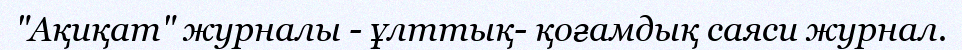
"Ақиқат" журналы - ұлттық- қоғамдық саяси журнал.